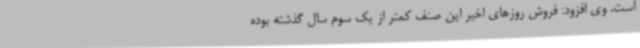
است. وی افزود: فروش روزهای اخیر این صنف کمتر از یک سوم سال گذشته بوده